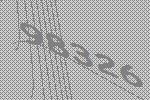
98326